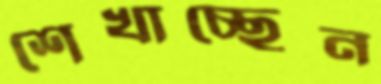
শেখাচ্ছেন